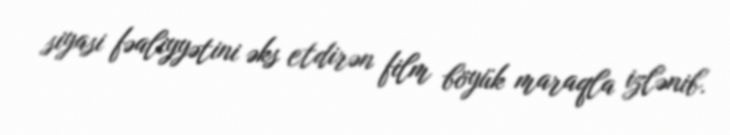
siyasi fəaliyyətini əks etdirən film böyük maraqla izlənib.